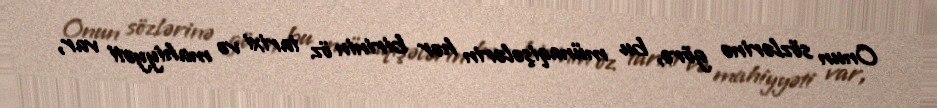
Onun sözlərinə görə, bu münaqişələrin hər birinin öz tarixi və mahiyyəti var,